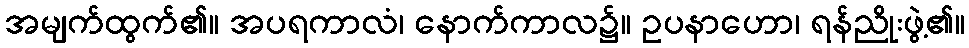
အမျက်ထွက်၏။ အပရကာလံ၊ နောက်ကာလ၌။ ဥပနာဟော၊ ရန်ညိုးဖွဲ့၏။